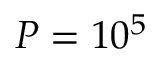
P = 1 0 ^ { 5 }